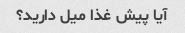
آیا پیش غذا میل دارید؟